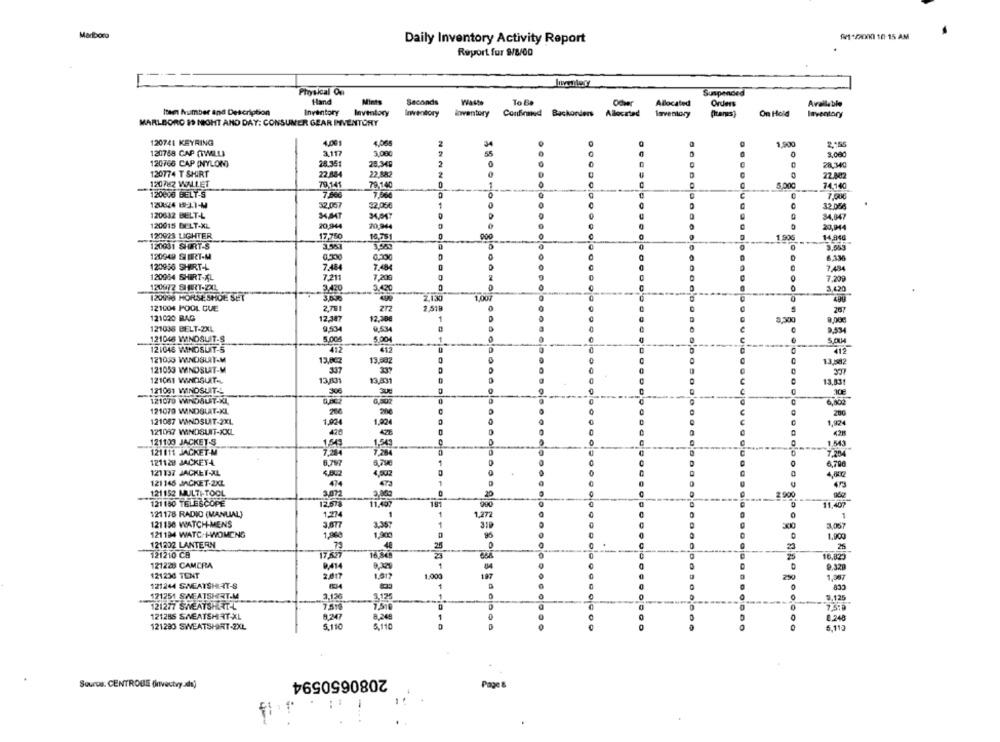
Marlboro
9/11/2000 10-15 AM
Daily Inventory Activity Report
Report fur 9/8/00
Physical On
Suspended
Hand
Mint
Seconds
Waste
To Be
Ocher
Allocated
Orders
Available
Iten Number and Description
Inventory
Inventory
On Hold
Inventory inventory Confined Backonders Allocated Inventory
Inventory
MARLBORO 19 NIGHT AND DAY: CONSUMER GEAR INVENTORY
120741 KEYRING
4,001
4.065
1.900
2.+55
120768 CAP CTWELLI
3.117
3.080
0
3.000
120766 CAP (NYLON)
28.351
25.349
28,340
120774 T SHIRT
22 884
22,882
22.802
120762 WALLET
79.141
79,140
5.000
74.140
120608 BELT-S
7.668
PO
7.000
120024 893.1-M
32.067
32,056
32.056
120632 BELT-L
34.847
34.047
34,847
120015 DELT-XL
20,944
20.944
20,944
120923 LIGHTER
17,760
10,75
1,90G
14,940
120031 SHIRT-S
3.553
120949 SI BRT-M
0.500
6.330
120956 SHIRT-L
7.484
7.48
7 484
120984 SHIRT-XL
7,211
7,200
7,209
120972 SIERIT-ZAL
3.420
3.420
3,420
120998 HORSESHOE SET
3.650
2.1.30
1.007
499
121004 POOL GUE
2,781
2.519
287
121020 RAG
12.387
12,30€
3,500
9,000
0.534
121038 BELT-2XL
9,534
9.534
121048 WINDSUIT-S
5,005
5.004
5,004
121046 WINDSUIT-S
412
412
412
121033 WINDSLIT-M
13,002
13,502
13.582
121053 WINDSLAT-M
3.37
121061 WINDSUIT-
13,031
13,831
13,831
121051 WINDSUIT.L
906
121070 WINDBLIT-XI,
6,802
121070 WINDBLAT-KL
280
121087 WINDSUIT-2XL
1,00€
1,92€
1,824
121047 WINDSLET-XXL
121100 JACKET-S
1.543
1,50
1,543
121111 JACKET-M
7,284
7.284
121128 JACKETA
6,790
121137 JACKET-XL
4,000
121145 JACKET-2XL
474
121152 MULTI-TOOL
3, 000
2900
121 130 TELESCOPE
12.57%
11.499
181
11,407
121178 RADIO (MANUAL)
1.274
1
1,272
121150 WATCH-MENS
3.677
3,067
121134 WATC:+-WWOMENG
1,000
1.900
121202 LANTERN
73
25
121210 CB
17.627
16,849
16,823
121228 CAMERA
9.329
121230 TENT
2,817
1.612
1.000
1,367
121244 SWEATSHEIT-S
121251 SWEATSHIRT.M
2,136
1,125
3.125
121277 SWEATSHIRTL
7.510
7.5:9
121286 SWEATSHIRT-XL
8.247
8.248
8.248
121280 SWEATSHIRT-2XL
5.110
5,110
5,119
2080650594
Source. CENTROBE (investvy a)
Page
fi 1